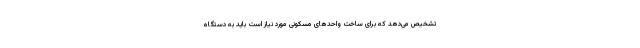
تشخیص می‌دهد که برای ساخت واحدهای مسکونی مورد نیاز است باید به دستگاه‌